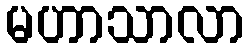
မဟာသာလာ